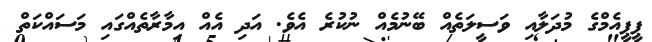
ޕީޕީއެމްގެ މުދަލާއި ވަސީލަތެއް ބޭނުމެއް ނުކުރެ އެވެ. އަދި އެއް އިމާރާތެއްގައި މަސައްކަތް